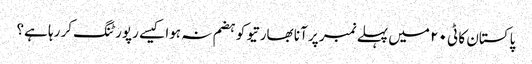
پاکستان کا ٹی ٢٠ میں پہلے نمبر پر آنا بھارتیو کو ہضم نہ ہوا کیسے رپورٹنگ کر رہا ہے؟